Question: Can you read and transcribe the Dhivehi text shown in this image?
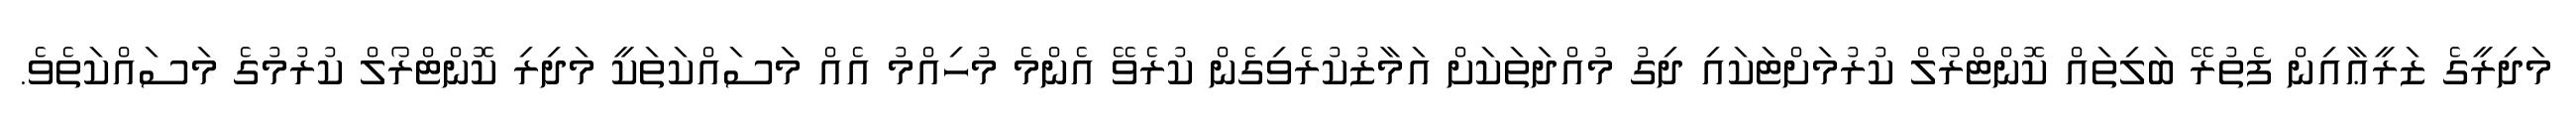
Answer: މަދިރީގެ ޒަރީޢާއިން ފެތުރޭ ބަލިތައް ކޮންޓްރޯލް ކުރުމަށްޓަކައި ދިގު މުއްދަތަކަށް އަމާޒުކުރެވިގެން ކުރެވޭ އެންމެ މުހިއްމު އެއް މަސައްކަތަކީ މަދިރި ކޮންޓްރޯލް ކުރުމުގެ މަސައްކަތެވެ.